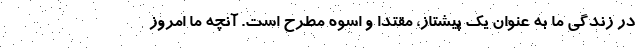
در زندگی ما به عنوان یک پیشتاز، مقتدا و اسوه مطرح است. آنچه ما امروز